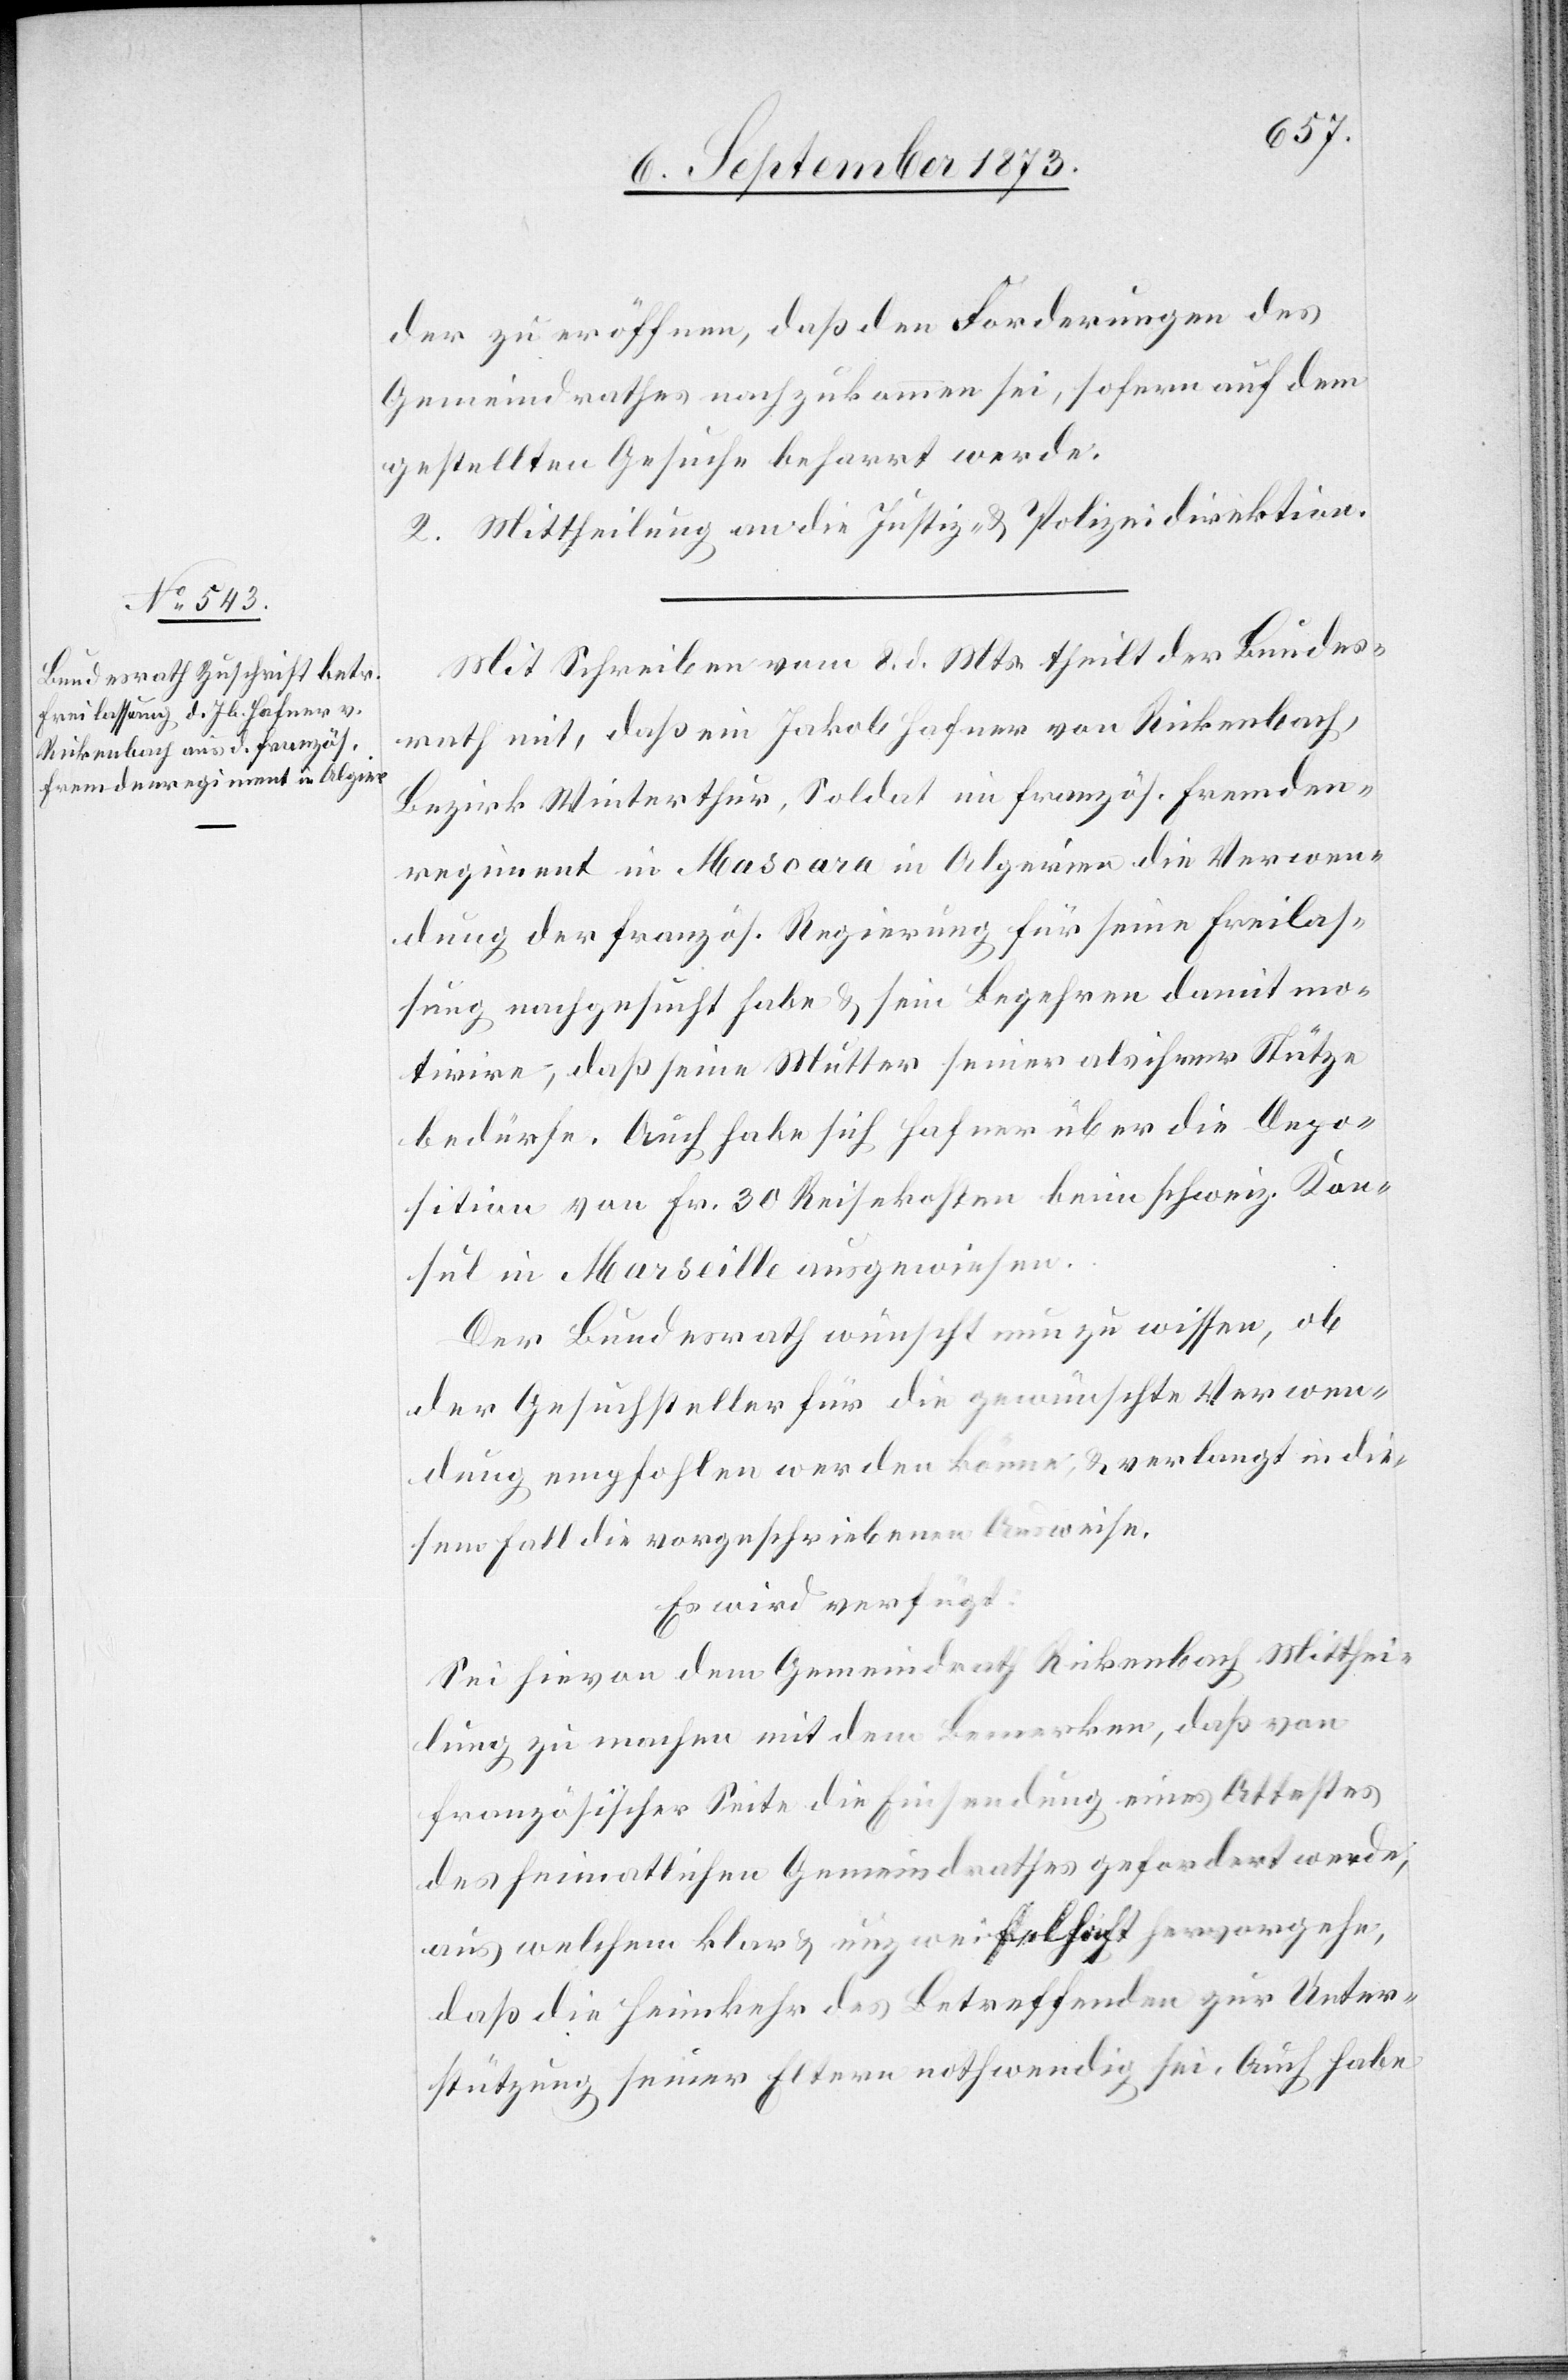
11. September 1873.]
der zu eröffnen, daß den Forderungen des
Gemeindrathes nachzukommen sei, sofern auf dem
gestellten Gesuche beharrt werde.
2. Mittheilung an die Justiz- & Polizeidirektion.
Mit Schreiben vom 8. d. Mts. theilt der Bundes¬
rath mit, daß ein Jakob Hafner von Rickenbach,
Bezirk Winterthur, Soldat im französ. Fremden¬
regiment in Mascara in Algerien die Verwen¬
dung der französ. Regierung für seine Freilas¬
sung nachgesucht habe & sein Begehren damit mo¬
tivire, daß seine Mutter seiner als ihrer Stütze
bedürfe. Auch habe sich Hafner über die Depo¬
sition von Fr. 30 Reisekosten beim schweiz. Kon¬
sul in Marseille ausgewiesen.
Der Bundesrath wünscht nun zu wissen, ob
der Gesuchsteller für die gewünschte Verwen¬
dung empfohlen werden könne, & verlangt in die¬
sem Fall die vorgeschriebenen Ausweise.
Es wird verfügt:
Sei hievon dem Gemeindrath Rickenbach Mitthei¬
lung zu machen mit dem Bemerken, daß von
französischer Seite die Einsendung eines Attestes
des heimatlichen Gemeindrathes gefordert werde,
aus welchem klar & unzweifelhaft hervorgehe,
daß die Heimkehr des Betreffenden zur Unter¬
stützung seiner Eltern nothwendig sei. Auch habe